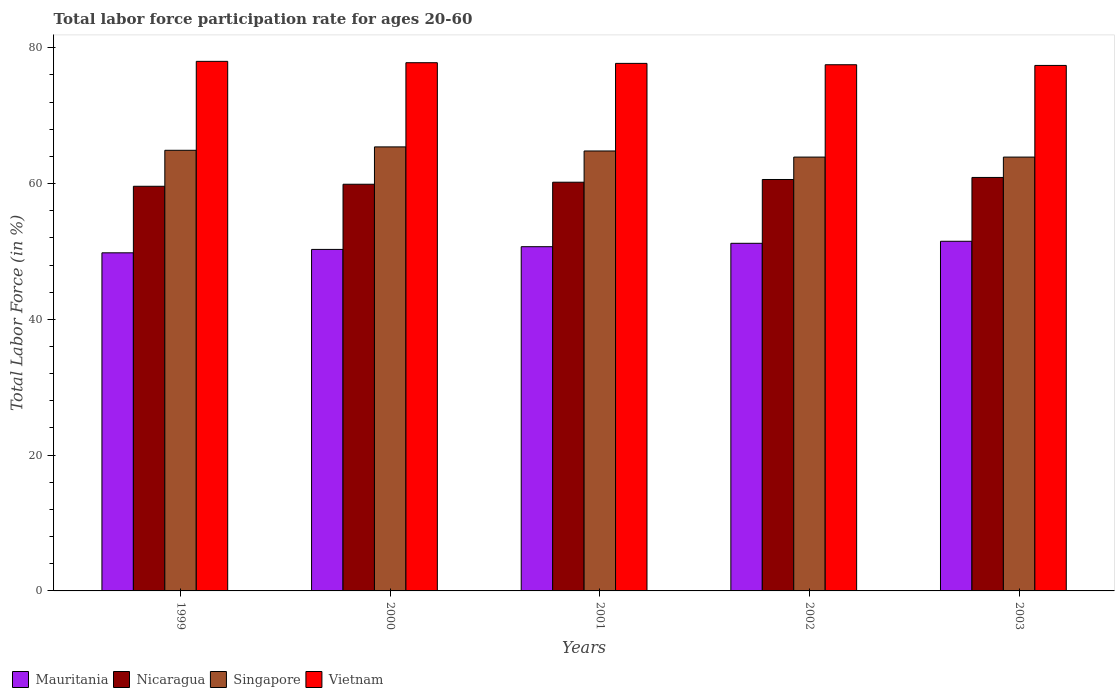
| Years | Mauritania | Nicaragua | Singapore | Vietnam |
 | --- | --- | --- | --- | --- |
 | 1999 | 49.8 | 59.6 | 64.9 | 78 |
 | 2000 | 50.3 | 59.9 | 65.4 | 77.8 |
 | 2001 | 50.7 | 60.2 | 64.8 | 77.7 |
 | 2002 | 51.2 | 60.6 | 63.9 | 77.5 |
 | 2003 | 51.5 | 60.9 | 63.9 | 77.4 |